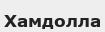
Хамдолла